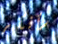
سأفكر